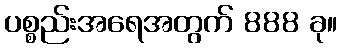
ပစ္စည်းအရေအတွက် 888 ခု။